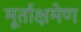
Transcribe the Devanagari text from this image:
मूर्ताक्षमेण